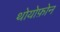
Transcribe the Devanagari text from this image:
थोयोफ़ोन